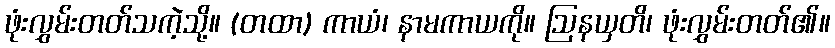
ဖုံးလွှမ်းတတ်သကဲ့သို့။ (တထာ) ကာယံ၊ နာမကာယကို။ ဩနယှတိ၊ ဖုံးလွှမ်းတတ်၏။